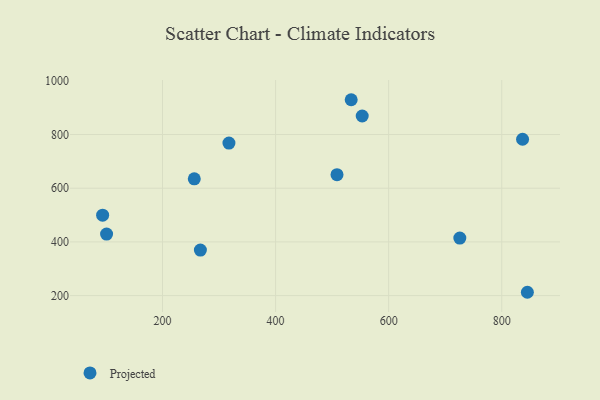
{"axis": {"x": "Investment", "y": "Sales"}, "legend": ["Projected"], "data": [{"x": "553.2", "y": 868.9, "type": "Projected"}, {"x": "101.1", "y": 429.3, "type": "Projected"}, {"x": "317.5", "y": 768.1, "type": "Projected"}, {"x": "508.6", "y": 650.6, "type": "Projected"}, {"x": "267.0", "y": 369.4, "type": "Projected"}, {"x": "725.8", "y": 414.4, "type": "Projected"}, {"x": "533.7", "y": 929.6, "type": "Projected"}, {"x": "256.2", "y": 635.0, "type": "Projected"}, {"x": "94.1", "y": 499.5, "type": "Projected"}, {"x": "845.3", "y": 212.4, "type": "Projected"}, {"x": "836.8", "y": 782.3, "type": "Projected"}]}